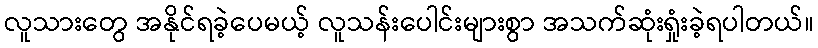
လူသားတွေ အနိုင်ရခဲ့ပေမယ့် လူသန်းပေါင်းများစွာ အသက်ဆုံးရှုံးခဲ့ရပါတယ်။